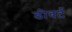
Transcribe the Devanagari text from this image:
डीवर्ट